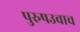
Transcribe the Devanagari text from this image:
पुरुषउवाच